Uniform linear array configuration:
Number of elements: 4
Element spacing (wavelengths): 0.5
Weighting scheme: blackman
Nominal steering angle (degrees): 15
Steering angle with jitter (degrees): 15.754
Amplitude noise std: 0.05
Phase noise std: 0.05

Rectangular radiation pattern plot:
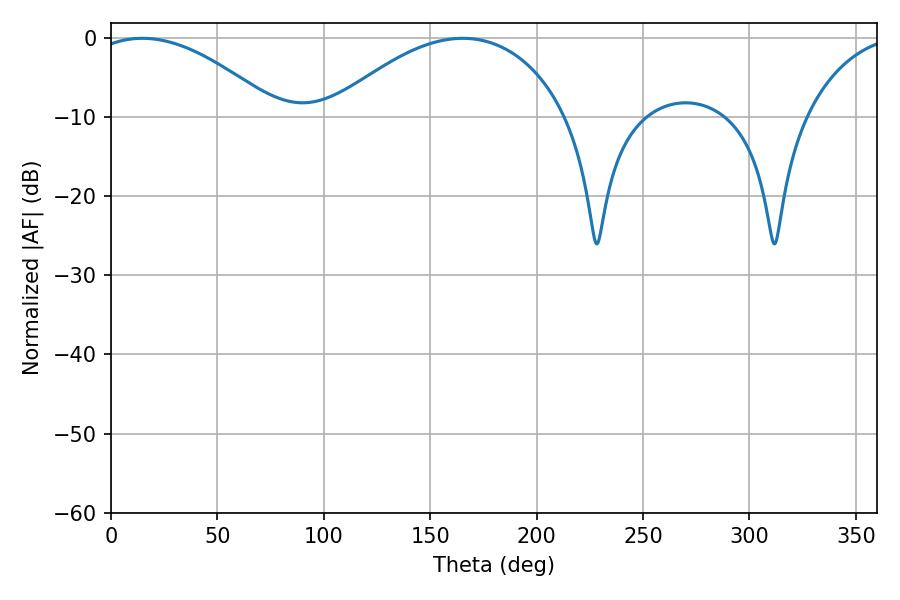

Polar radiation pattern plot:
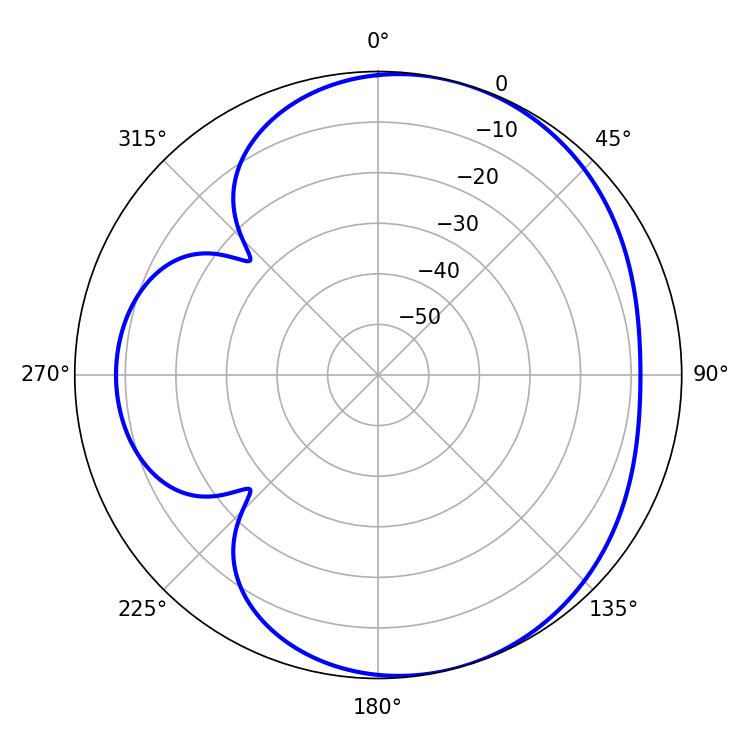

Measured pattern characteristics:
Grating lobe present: FALSE
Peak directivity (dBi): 4.961
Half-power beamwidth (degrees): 48.96
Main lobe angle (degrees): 14.76